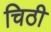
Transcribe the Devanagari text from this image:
चिठी